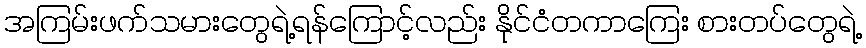
အကြမ်းဖက်သမားတွေရဲ့ရန်ကြောင့်လည်း နိုင်ငံတကာကြေး စားတပ်တွေရဲ့